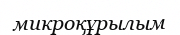
микроқұрылым